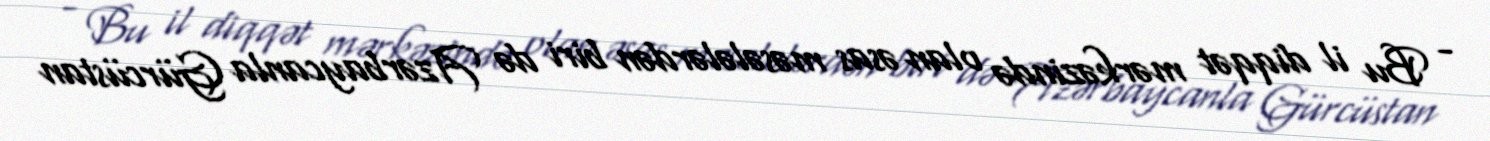
- Bu il diqqət mərkəzində olan əsas məsələlərdən biri də Azərbaycanla Gürcüstan